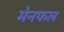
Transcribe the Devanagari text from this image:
मेनफल